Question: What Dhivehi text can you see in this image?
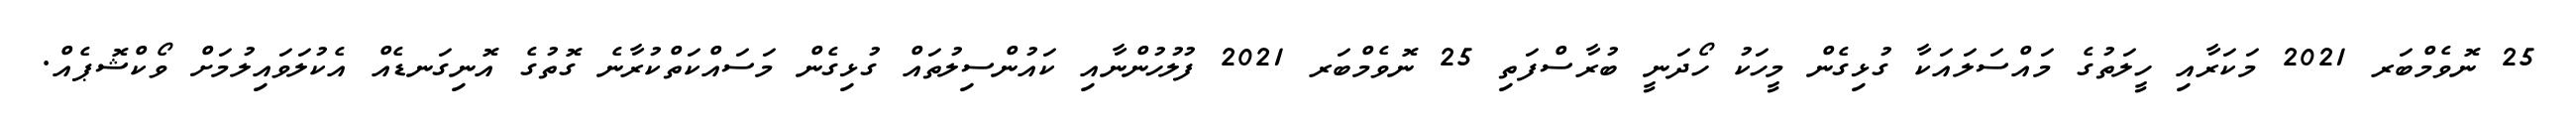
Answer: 25 ނޮވެމްބަރ 2021 މަކަރާއި ހީލަތުގެ މައްސަލައަކާ ގުޅިގެން މީހަކު ހޯދަނީ ބުރާސްފަތި 25 ނޮވެމްބަރ 2021 ފުލުހުންނާއި ކައުންސިލުތައް ގުޅިގެން މަސައްކަތްކުރާނެ ގޮތުގެ އޮނިގަނޑެއް އެކުލަވައިލުމަށް ވޯކްޝޮޕެއް.